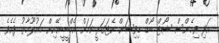
އަދި ވިމެންސް ޝޯޓް ބޯޑް ޑިވިޝަން ކެޓަގަރީ ކަމަށް އެމްބީބީއޭއިން މައުލޫމާތު ދެއެވެ.